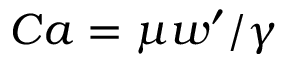
C a = \mu w ^ { \prime } / \gamma